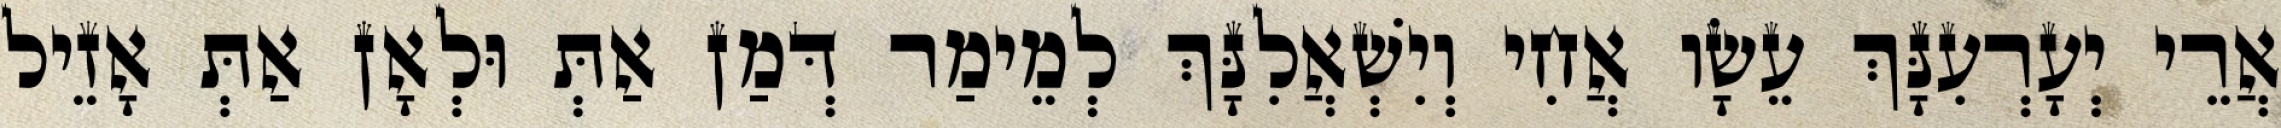
אֲרֵי יְעָרְעִנָּךְ עֵשָׂו אֲחִי וְיִשְׁאֲלִנָּךְ לְמֵימַר דְּמַן אַתְּ וּלְאָן אַתְּ אָזֵיל